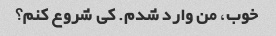
خوب، من وارد شدم. کی شروع کنم؟